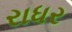
રાધર